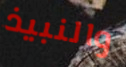
والنبيذ